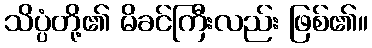
သိပ္ပံတို့၏ မိခင်ကြီးလည်း ဖြစ်၏။